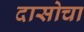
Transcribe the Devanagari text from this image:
दासोचा